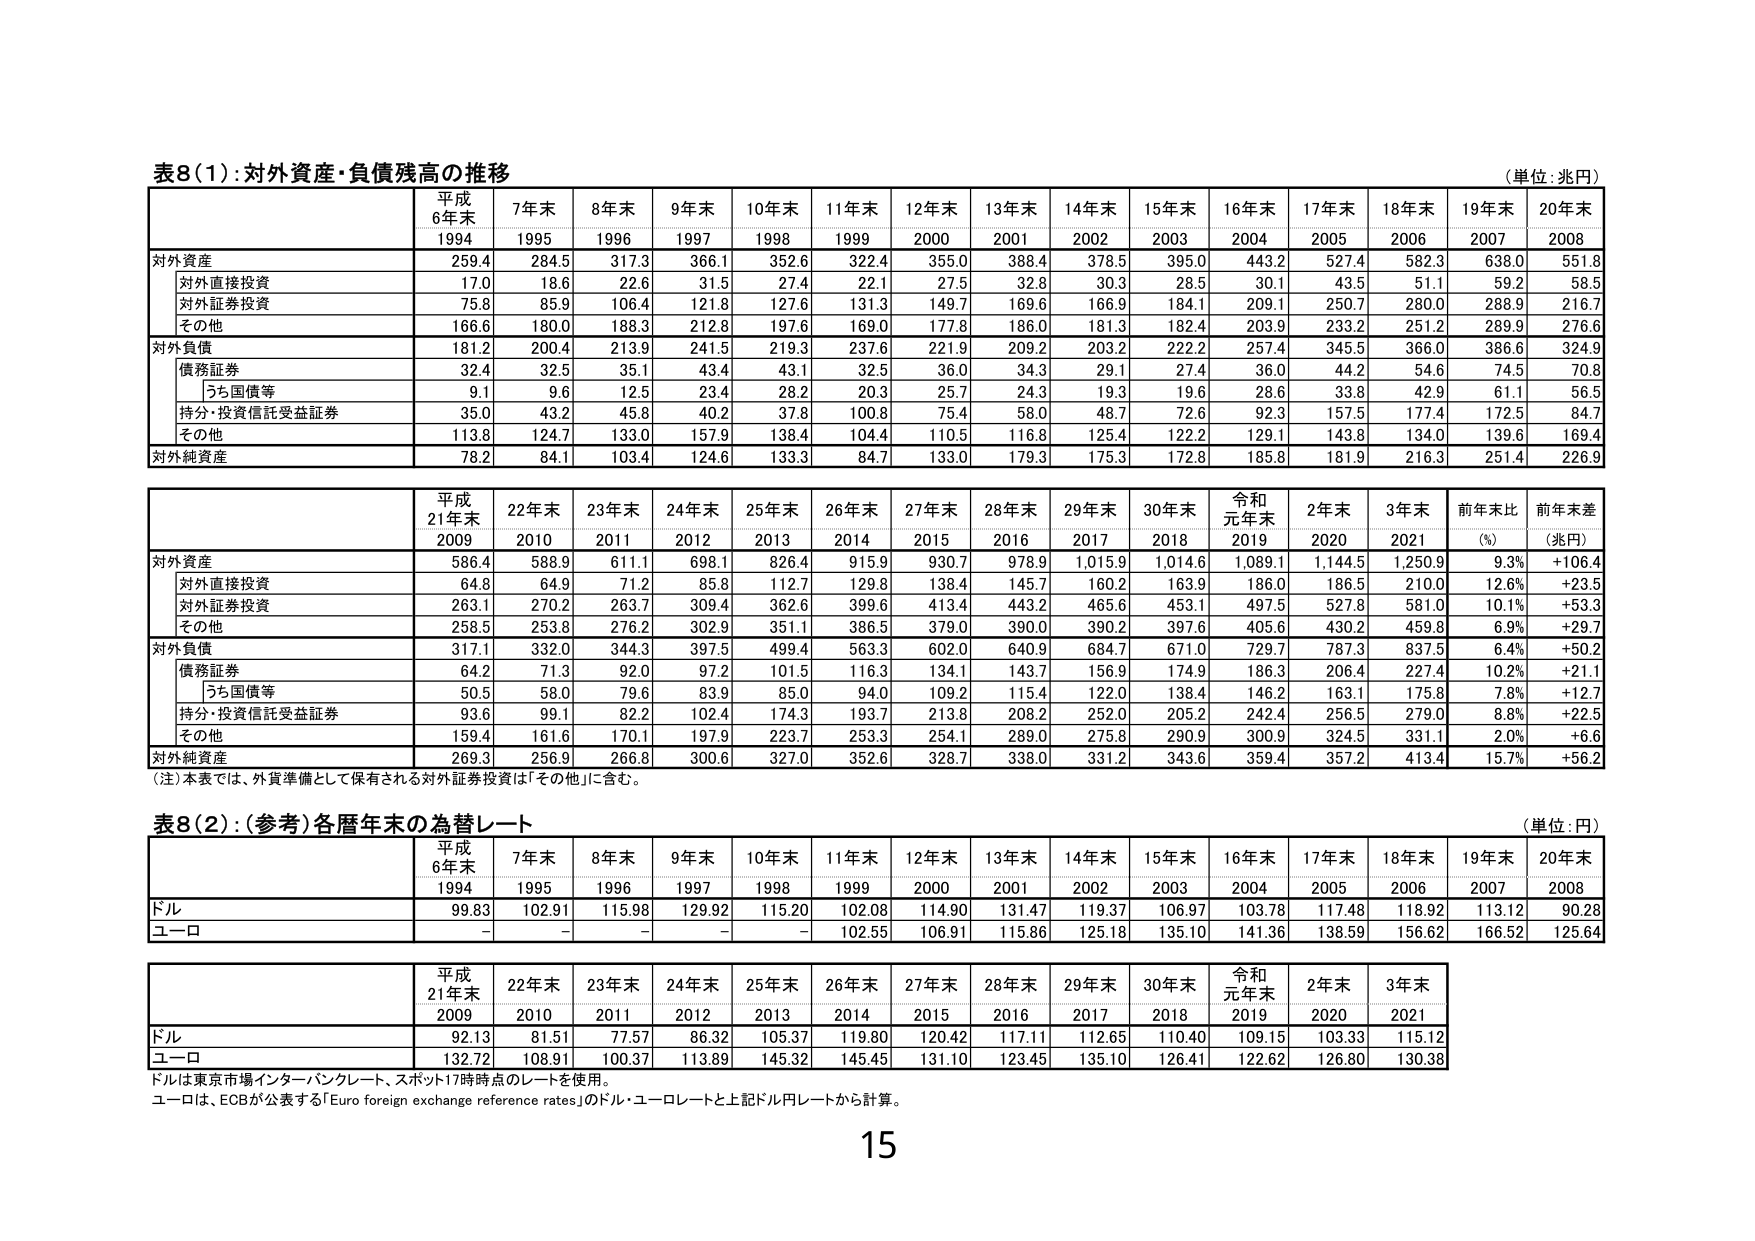
表8(1):対外資産・負債残高の推移
(単位:兆円)
平成
6年末
1994
7年末
1995
8年末
1996
9年末
1997
10年末
1998
11年末
1999
12年末
2000
13年末
2001
14年末
2002
15年末
2003
16年末
2004
17年末
2005
18年末
2006
19年末
2007
20年末
2008
対外資産
259.4
284.5
317.3
366.1
352.6
322.4
355.0
388.4
378.5
395.0
443.2
527.4
582.3
638.0
551.8
対外直接投資
17.0
18.6
22.6
31.5
27.4
22.1
27.5
32.8
30.3
28.5
30.1
43.5
51.1
59.2
58.5
対外証券投資
75.8
85.9
106.4
121.8
127.6
131.3
149.7
169.6
166.9
184.1
209.1
250.7
280.0
288.9
216.7
その他
166.6
180.0
188.3
212.8
197.6
169.0
177.8
186.0
181.3
182.4
203.9
233.2
251.2
289.9
276.6
対外負債
181.2
200.4
213.9
241.5
219.3
237.6
221.9
209.2
203.2
222.2
257.4
345.5
366.0
386.6
324.9
債務証券
32.4
32.5
35.1
43.4
43.1
32.5
36.0
34.3
29.1
27.4
36.0
44.2
54.6
74.5
70.8
うち国債等
9.1
9.6
12.5
23.4
28.2
20.3
25.7
24.3
19.3
19.6
28.6
33.8
42.9
61.1
56.5
持分・投資信託受益証券
35.0
43.2
45.8
40.2
37.8
100.8
75.4
58.0
48.7
72.6
92.3
157.5
177.4
172.5
84.7
その他
113.8
124.7
133.0
157.9
138.4
104.4
110.5
116.8
125.4
122.2
129.1
143.8
134.0
139.6
169.4
対外純資産
78.2
84.1
103.4
124.6
133.3
84.7
133.0
179.3
175.3
172.8
185.8
181.9
216.3
251.4
226.9
平成
21年末
2009
22年末
2010
23年末
2011
24年末
2012
25年末
2013
26年末
2014
27年末
2015
28年末
2016
29年末
2017
30年末
2018
令和
元年末
2019
2年末
2020
3年末
2021
前年末比
(%)
前年末差
(兆円)
対外資産
586.4
588.9
611.1
698.1
826.4
915.9
930.7
978.9
1,015.9
1,014.6
1,089.1
1,144.5
1,250.9
9.3%
+106.4
対外直接投資
64.8
64.9
71.2
85.8
112.7
129.8
138.4
145.7
160.2
163.9
186.0
186.5
210.0
12.6%
+23.5
対外証券投資
263.1
270.2
263.7
309.4
362.6
399.6
413.4
443.2
465.6
453.1
497.5
527.8
581.0
10.1%
+53.3
その他
258.5
253.8
276.2
302.9
351.1
386.5
379.0
390.0
390.2
397.6
405.6
430.2
459.8
6.9%
+29.7
対外負債
317.1
332.0
344.3
397.5
499.4
563.3
602.0
640.9
684.7
671.0
729.7
787.3
837.5
6.4%
+50.2
債務証券
64.2
71.3
92.0
97.2
101.5
116.3
134.1
143.7
156.9
174.9
186.3
206.4
227.4
10.2%
+21.1
うち国債等
50.5
58.0
79.6
83.9
85.0
94.0
109.2
115.4
122.0
138.4
146.2
163.1
175.8
7.8%
+12.7
持分・投資信託受益証券
93.6
99.1
82.2
102.4
174.3
193.7
213.8
208.2
252.0
205.2
242.4
256.5
279.0
8.8%
+22.5
その他
159.4
161.6
170.1
197.9
223.7
253.3
254.1
289.0
275.8
290.9
300.9
324.5
331.1
2.0%
+6.6
対外純資産
269.3
256.9
266.8
300.6
327.0
352.6
328.7
338.0
331.2
343.6
359.4
357.2
413.4
15.7%
+56.2
(注)本表では、外貨準備として保有される対外証券投資は「その他」に含む。
表8(2):(参考)各暦年末の為替レート
(単位:円)
平成
6年末
1994
7年末
1995
8年末
1996
9年末
1997
10年末
1998
11年末
1999
12年末
2000
13年末
2001
14年末
2002
15年末
2003
16年末
2004
17年末
2005
18年末
2006
19年末
2007
20年末
2008
ドル
99.83
102.91
115.98
129.92
115.20
102.08
114.90
131.47
119.37
106.97
103.78
117.48
118.92
113.12
90.28
ユーロ
-
-
-
-
-
102.55
106.91
115.86
125.18
135.10
141.36
138.59
156.62
166.52
125.64
平成
21年末
2009
22年末
2010
23年末
2011
24年末
2012
25年末
2013
26年末
2014
27年末
2015
28年末
2016
29年末
2017
30年末
2018
令和
元年末
2019
2年末
2020
3年末
2021
ドル
92.13
81.51
77.57
86.32
105.37
119.80
120.42
117.11
112.65
110.40
109.15
103.33
115.12
ユーロ
132.72
108.91
100.37
113.89
145.32
145.45
131.10
123.45
135.10
126.41
122.62
126.80
130.38
ドルは東京市場インターバンクレート、スポット17時時点のレートを使用。
ユーロは、ECBが公表する「Euro foreign exchange reference rates」のドル・ユーロレートと上記ドル円レートから計算。
15